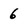
Character: 6